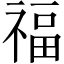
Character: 福